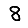
Digit: 8